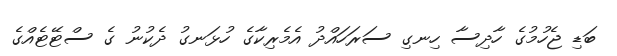
ބަޑި ޖެހުމުގެ ހާދިސާ ހިނގި ސަރަހައްދު އެމެރިކާގެ ހުޅަނގު ދެކުނު ގެ ސްޓޭޓެއްގެ